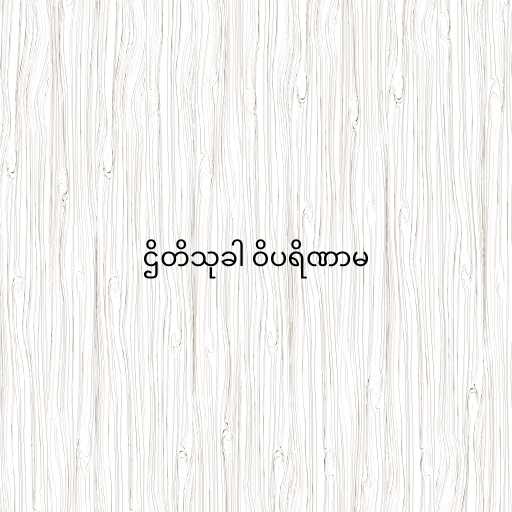
ဌိတိသုခါ ဝိပရိဏာမ